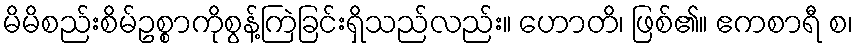
မိမိစည်းစိမ်ဥစ္စာကိုစွန့်ကြဲခြင်းရှိသည်လည်း။ ဟောတိ၊ ဖြစ်၏။ ဧကစာရီ စ၊